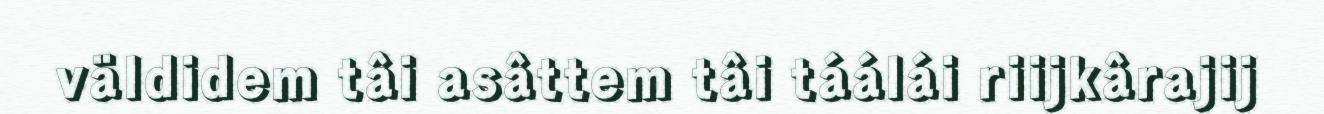
väldidem tâi asâttem tâi táálái riijkârajij